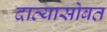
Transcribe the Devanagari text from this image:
दाव्यासोबत